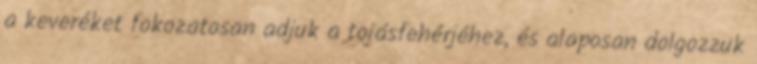
a keveréket fokozatosan adjuk a tojásfehérjéhez, és alaposan dolgozzuk